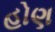
હોણ